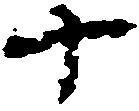
十